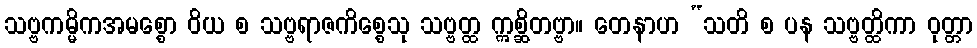
သဗ္ဗကမ္မိကအမစ္စော ဝိယ စ သဗ္ဗရာဇကိစ္စေသု သဗ္ဗတ္ထ ဣစ္ဆိတဗ္ဗာ။ တေနာဟ “သတိ စ ပန သဗ္ဗတ္ထိကာ ဝုတ္တာ